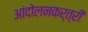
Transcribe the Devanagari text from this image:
आंदोलनकर्त्री